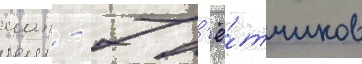
иап - 7 л'ё́тчиков